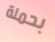
بحملة